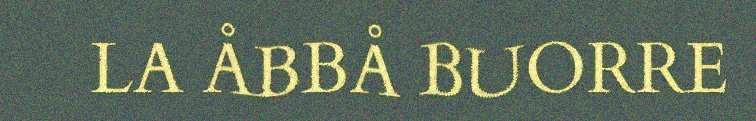
LA ÅBBÅ BUORRE